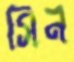
সিন